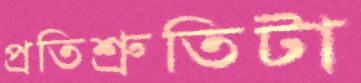
প্রতিশ্রুতিটা